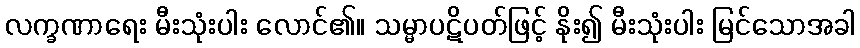
လက္ခဏာရေး မီးသုံးပါး လောင်၏။ သမ္မာပဋိပတ်ဖြင့် နိုး၍ မီးသုံးပါး မြင်သောအခါ